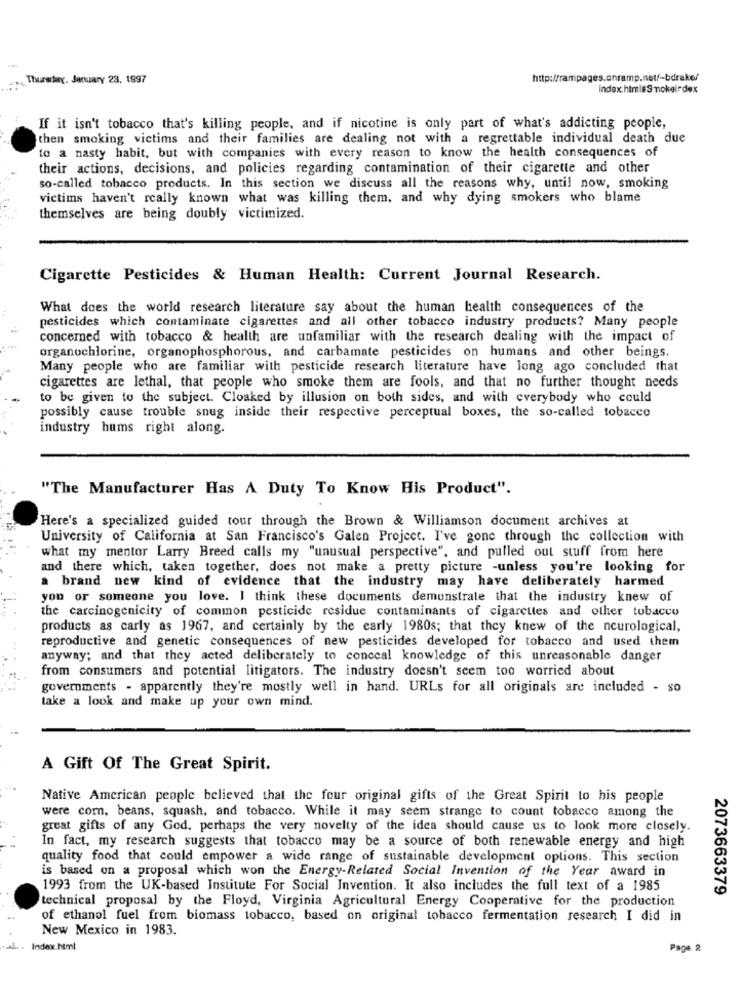
Thursday, January 23, 1997
http://rampages.onramp.net/-bdrake/
index.html#S nokeindex
If it isn't tobacco that's killing people, and if nicotine is only part of what's addicting people,
then smoking victims and their families are dealing not with a regrettable individual death due
to a nasty habit, but with companies with every reason to know the health consequences of
their actions, decisions, and policies regarding contamination of their cigarette and other
so-called tobacco products. In this section we discuss all the reasons why, until now, smoking
victims haven't really known what was killing them, and why dying smokers who blame
themselves are being doubly victimized.
Cigarette Pesticides & Human Health: Current Journal Research.
What does the world research literature say about the human health consequences of the
pesticides which contaminate cigarettes and all other tobacco industry products? Many people
concerned with tobacco & health are unfamiliar with the research dealing with the impact of
organochlorine, organophosphorous, and carbamate pesticides on humans and other beings.
Many people who are familiar with pesticide research literature have long ago concluded that
cigarettes are lethal, that people who smoke them are fools, and that no further thought needs
to be given to the subject. Cloaked by illusion on both sides, and with everybody who could
possibly cause trouble snug inside their respective perceptual boxes, the so-called tobacco
industry hums right along.
"The Manufacturer Has A Duty To Know His Product".
Here's a specialized guided tour through the Brown & Williamson document archives at
University of California at San Francisco's Galen Project. I've gone through the collection with
what my mentor Larry Breed calls my "unusual perspective", and pulled out stuff from here
and there which, taken together, does not make a pretty picture -unless you're looking for
a brand new kind of evidence that the industry may have deliberately harmed
you or someone you love. I think these documents demonstrate that the industry knew of
the carcinogenicity of common pesticide residue contaminants of cigarettes and other tobacco
products as carly as 1967, and certainly by the early 1980s; that they knew of the neurological,
reproductive and genetic consequences of new pesticides developed for tobacco and used them
anyway; and that they acted deliberately to conceal knowledge of this unreasonable danger
from consumers and potential litigators. The industry doesn't seem too worried about
governments - apparently they're mostly well in hand. URLs for all originals are included - so
take a look and make up your own mind.
A Gift Of The Great Spirit.
Native American people believed that the four original gifts of the Great Spirit to his people
were corn, beans, squash, and tobacco. While it may seem strange to count tobacco among the
great gifts of any God. perhaps the very novelty of the idea should cause us to look more closely.
In fact, my research suggests that tobacco may be a source of both renewable energy and high
quality food that could empower a wide range of sustainable development options. This section
is based on a proposal which won the Energy-Related Social Invention of the Year award in
1993 from the UK-based Institute For Social Invention. It also includes the full text of a 1985
2073663379
technical proposal by the Floyd, Virginia Agricultural Energy Cooperative for the production
of ethanol fuel from biomass tobacco, based on original tobacco fermentation research I did in
New Mexico in 1983.
Index.html
Page 2